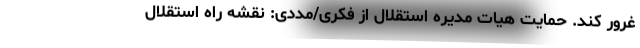
غرور کند. حمایت هیات مدیره استقلال از فکری/مددی: نقشه راه استقلال